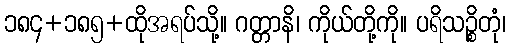
၁၈၄+၁၈၅+ထိုအရပ်သို့။ ဂတ္တာနိ၊ ကိုယ်တို့ကို။ ပရိသဉ္စိတုံ၊